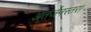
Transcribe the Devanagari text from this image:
अंतर्जनस्तर।